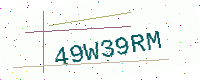
Text: 49W39RM